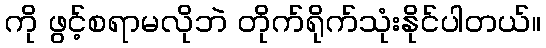
ကို ဖွင့်စရာမလိုဘဲ တိုက်ရိုက်သုံးနိုင်ပါတယ်။